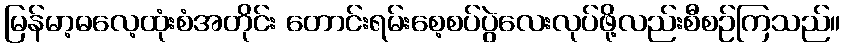
မြန်မာ့ဓလေ့ထုံးစံအတိုင်း တောင်းရမ်းစေ့စပ်ပွဲလေးလုပ်ဖို့လည်းစီစဉ်ကြသည်။